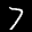
Label: 7